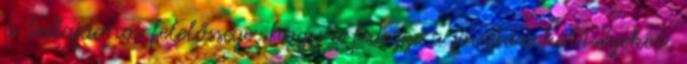
a tulajdonos felelőssége, hogy a fedezze a javítási költségeket,